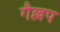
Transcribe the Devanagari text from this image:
गैल्लप